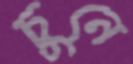
চুনে